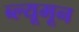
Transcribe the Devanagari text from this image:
ब्ल्यूमून